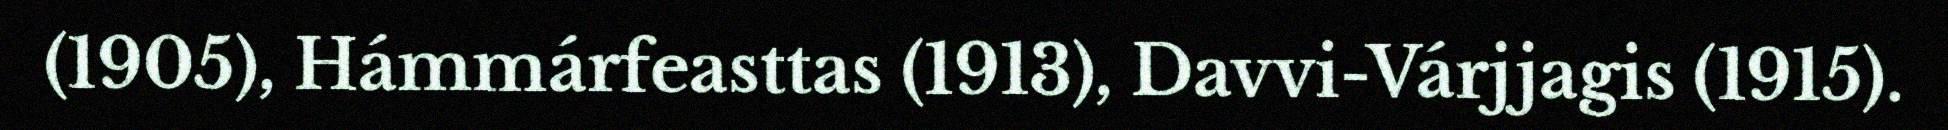
(1905), Hámmárfeasttas (1913), Davvi-Várjjagis (1915).